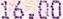
16.00